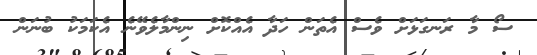
ސޯ މާ ރަނގަޅަށް ވެސް އެތަން ހަދާ އެއްކޮށް ނިންމާލެވޭނެ އެކަމަކު ބުނަން